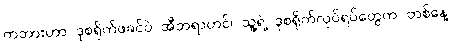
ကဘားဟာ ဒုစရိုက်ဖခင်ပဲ အီဘရာဟင်၊ သူ့ရဲ့ ဒုစရိုက်လုပ်ရပ်တွေက တစ်နေ့